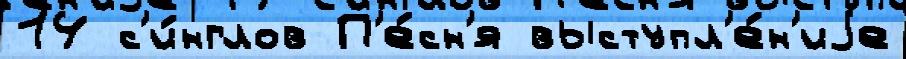
14 с'и́нглов П'е́сн'я выступл'е́н'иjе